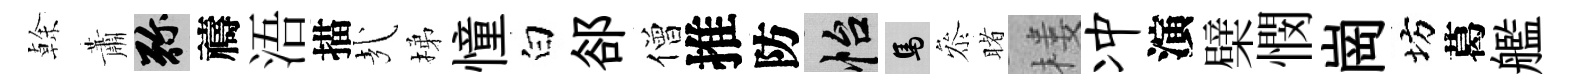
𠏉蕭弥禱浯描㢤梯憧白郤僧推防怡馬叅睹楼冲演檗憫崗坊葛艦